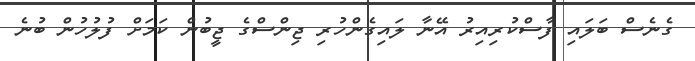
ގެނެސް ބަލައި ފާސްކުރިއިރު އޭނާ ލައިގެންހުރި ޖިންސްގެ ޖީބުން ކަމަށް ފުލުހުން ބުނެ